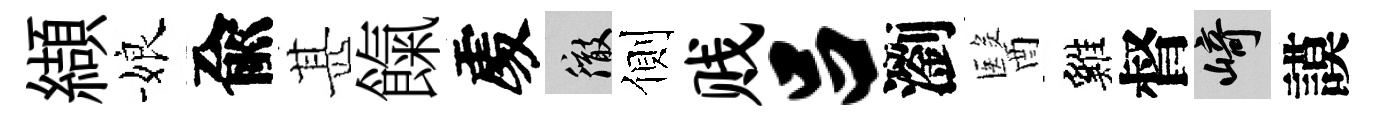
纈娘兪甚餼𠁅徹側贱吕瀏醫雞督崎謨